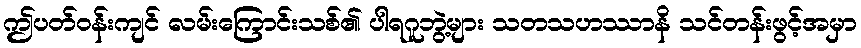
ဤပတ်ဝန်းကျင် လမ်းကြောင်းသစ်၏ ပါရဂူဘွဲ့များ သတသဟဿာနိ သင်တန်းဖွင့်အမှာ